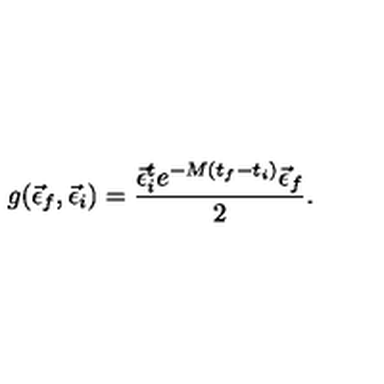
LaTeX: g ( \vec { \epsilon } _ { f } , \vec { \epsilon } _ { i } ) = \frac { \vec { \epsilon } _ { i } ^ { t } e ^ { - M ( t _ { f } - t _ { i } ) } \vec { \epsilon } _ { f } } { 2 } .